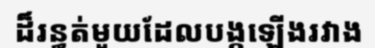
ដ៏រន្ធត់មួយដែលបង្កឡើងរវាង